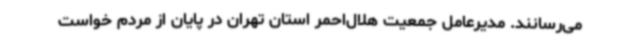
می‌رسانند. مدیرعامل جمعیت هلال‌احمر استان تهران در پایان از مردم خواست